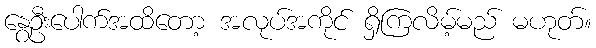
နွေဦးပေါက်အထိတော့ အလုပ်အကိုင် ရှိကြလိမ့်မည် မဟုတ်။